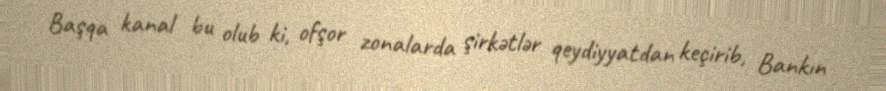
Başqa kanal bu olub ki, ofşor zonalarda şirkətlər qeydiyyatdan keçirib, Bankın